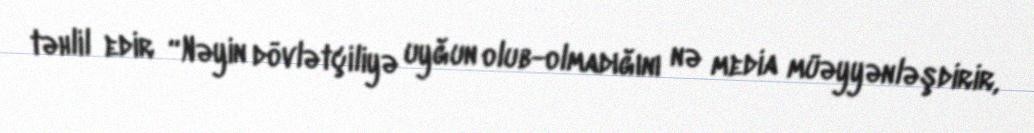
təhlil edir “Nəyin dövlətçiliyə uyğun olub-olmadığını nə media müəyyənləşdirir,